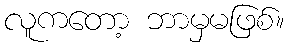
လူကတော့ ဘာမှမဖြစ်။